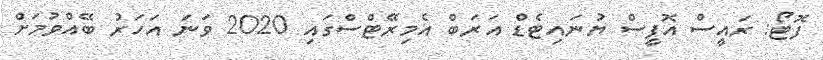
ފޮޓޯ: ރައީސް އޮފީސް ޔުނައިޓެޑް އަރަބް އެމިރޭޓްސްގައި 2020 ވަނަ އަހަރު ބޭއްވުމަށް